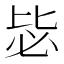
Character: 毖